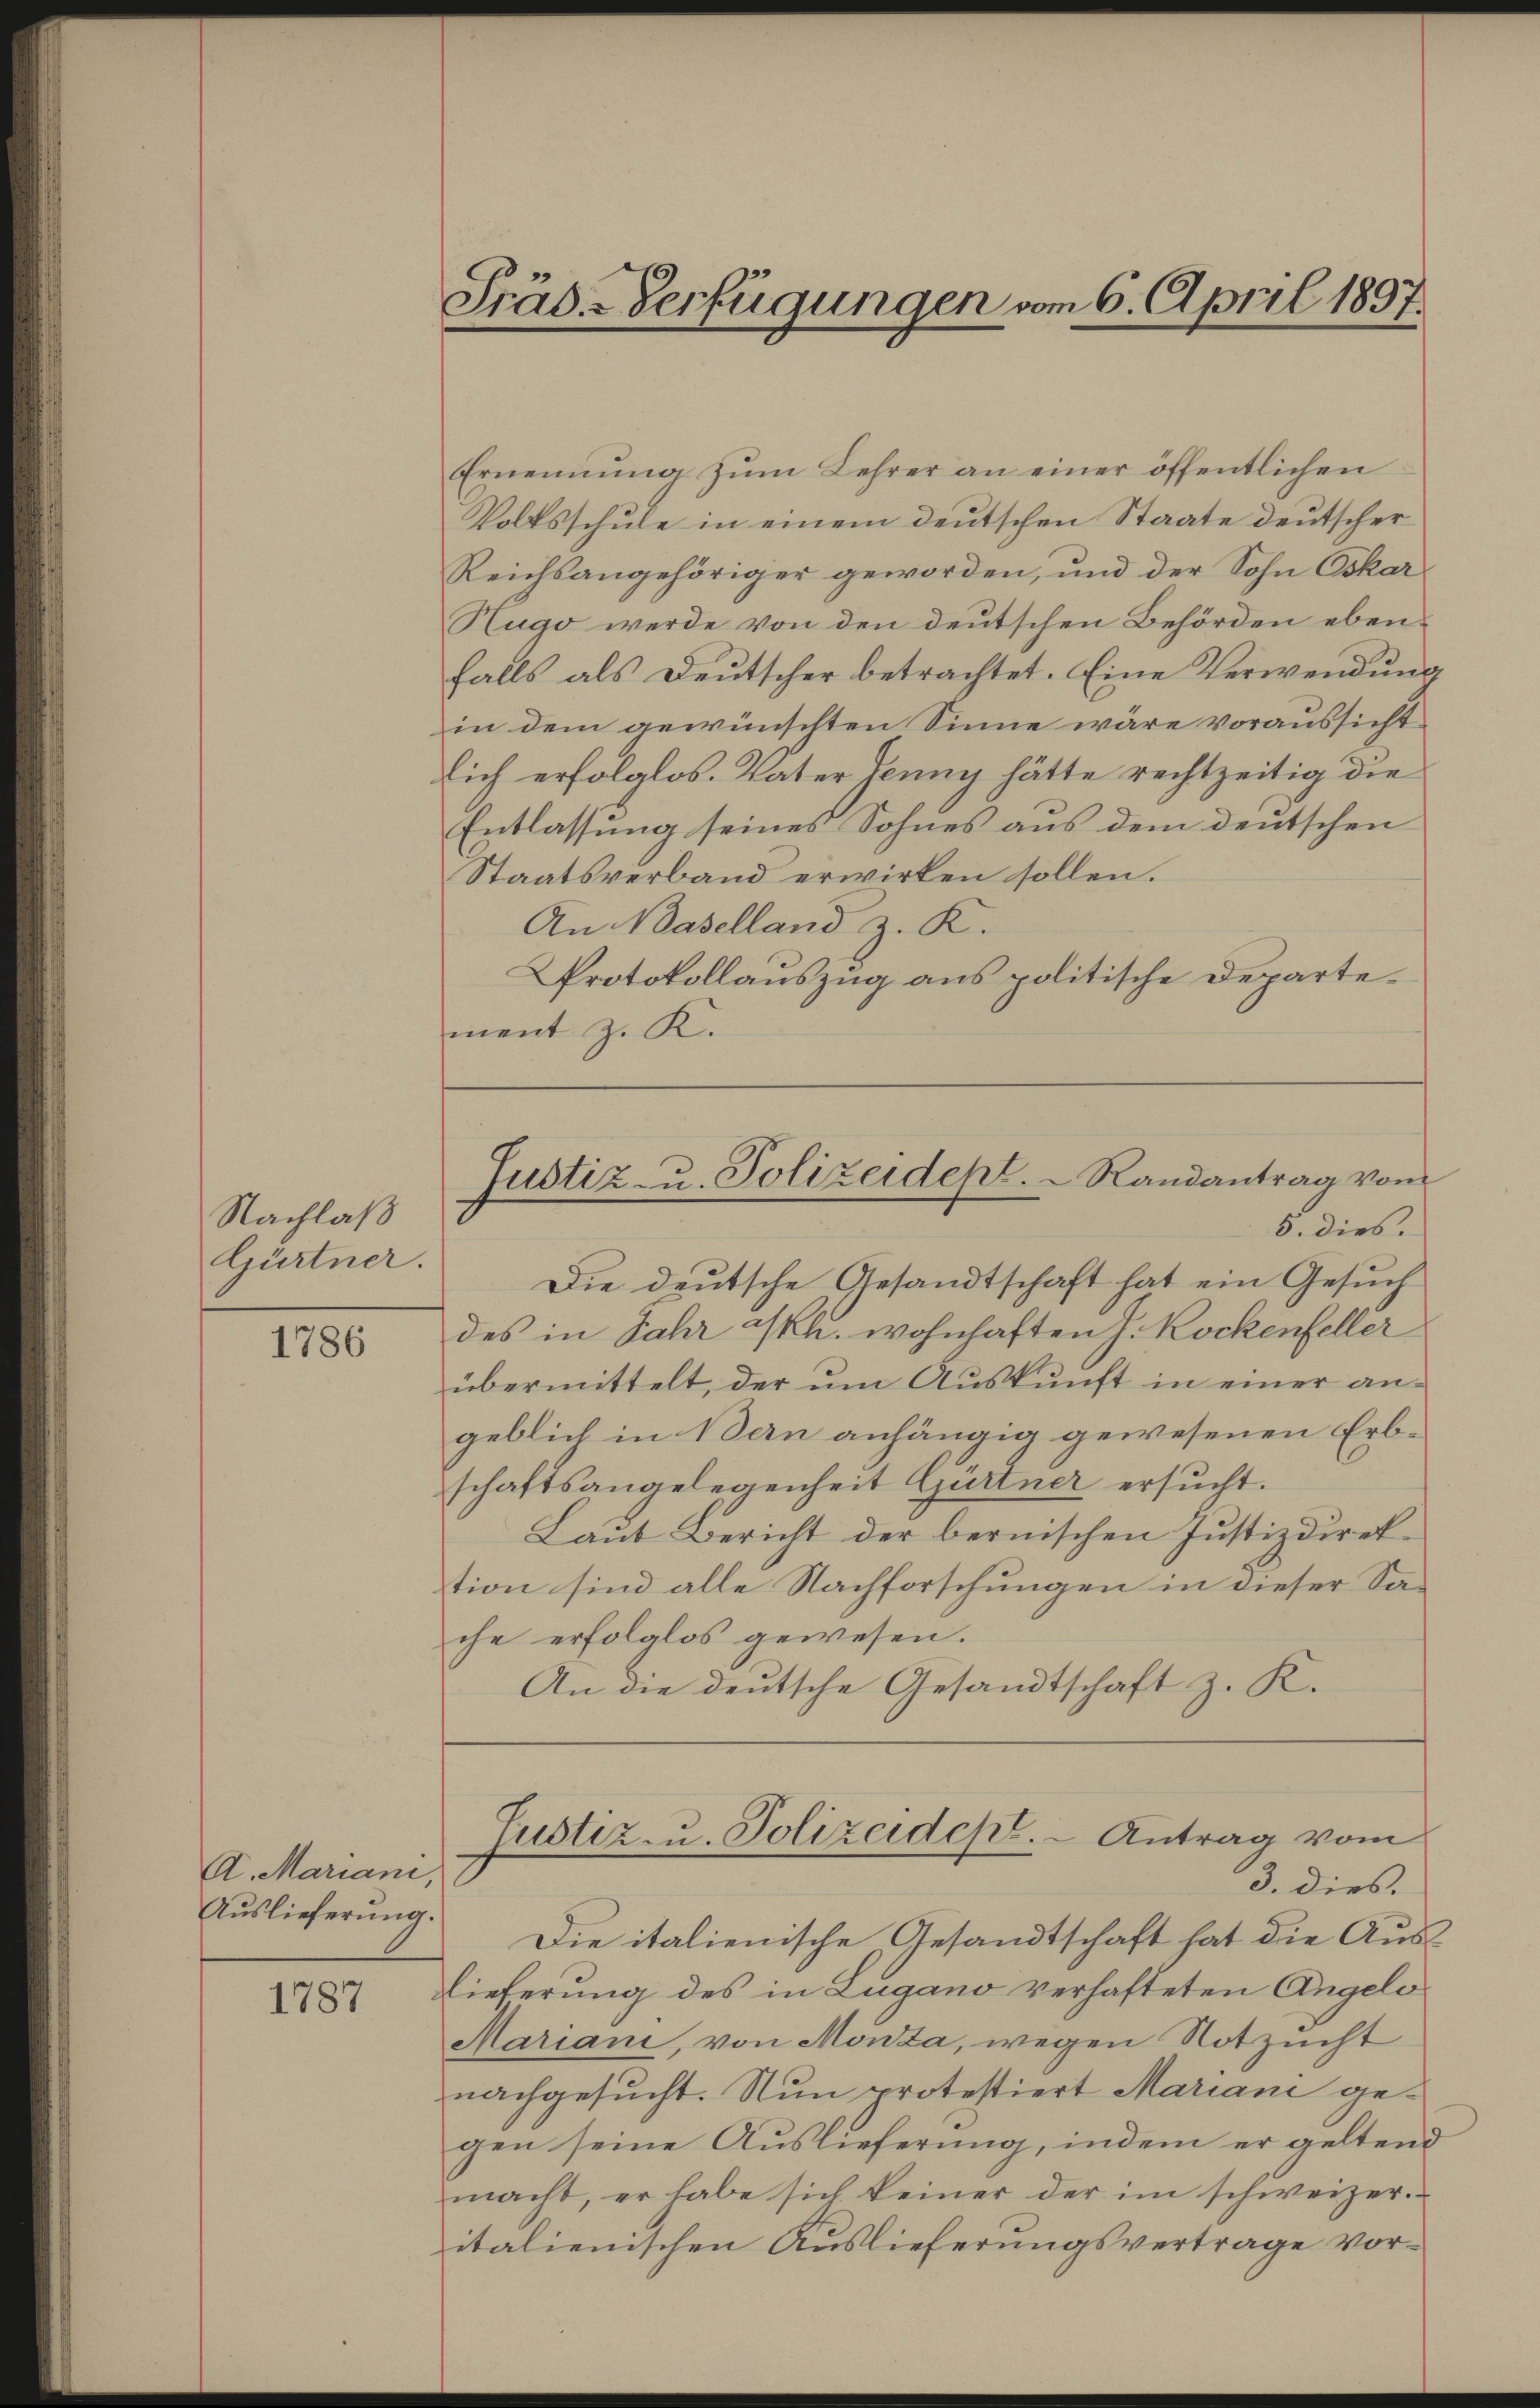
Nachlaß
Gürtner.

1786

A. Mariani,
Auslieferung.

1787

Präb-Verfügungen vom 6. April 1897.

Ernennung zŭm Lehrer an einer öffentlichen
Volksschule in einem deutschen Staate deutscher
Reichsangehöriger geworden, und der Sohn Oskar
Hugo werde von den deutschen Behörden ebenfalls als Deutscher betrachtet. Eine Verwendung
in dem gewünschten Sinne wäre voraussicht
lich erfolglos. Vater Tenny hätte rechtzeitig die
Entlassung seines Sohnes aus dem deutschen
Staatsverband erwirken sollen.
An Baselland z. K.
Protokollauszug aus politische Departement z. K.

Justiz- u. Polizeidept.   Randantrag vom
5. dies.

Die deutsche Gesandtschaft hat ein Gesuch
des in Jahr Ikh. wohnhaften J. Rockenfeller
übermittelt, der um Auskunft in einer angeblich in Bern anhängig gewesenen Erbschaftsangelegenheit Gürtner ersŭcht.
Laut Bericht der bernischen Justizdirektion sind alle Nachforschungen in dieser Sache erfolglos gewesen.
An die deutsche Gesandtschaft z. K.

Justiz- u. Polizeidepl. - Antrag vom
3. dies.

Die italienische Gesandtschaft hat die Aus¬
Lieferung des in Lugano verhafteten Angelo
Mariani, von Monta, wegen Notzucht
nachgesucht. Nun protestiert Mariani gegen seine Auslieferung, indem er geltend
macht, er habe sich keiner der im schweizeritalienischen Auslieferungsvertrage vor¬